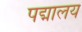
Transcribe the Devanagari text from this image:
पद्मालय